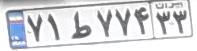
۷۱ط۷۷۴۳۳